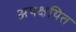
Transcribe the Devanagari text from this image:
अपक्षयित